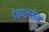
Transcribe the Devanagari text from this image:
डेव्पलमेन्ट